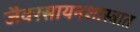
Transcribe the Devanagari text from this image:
जैवरसायनशास्त्रात